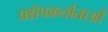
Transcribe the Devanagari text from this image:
प्रक्षेपकर्ताताओं